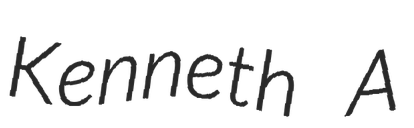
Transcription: Kenneth A